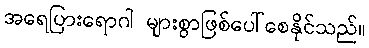
အရေပြားရောဂါ များစွာဖြစ်ပေါ်စေနိုင်သည်။